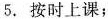
5. 按时上课；